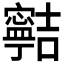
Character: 𡫸